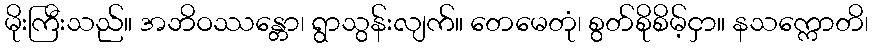
မိုးကြီးသည်။ အဘိဝဿန္တော၊ ရွာသွန်းလျက်။ တေမေတုံ၊ စွတ်စိုစိမ့်ငှာ။ နသက္ကောတိ၊